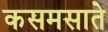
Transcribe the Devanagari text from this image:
कसमसाते